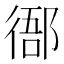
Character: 𢔴